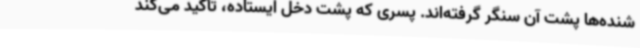
شنده‌ها پشت آن سنگر گرفته‌اند. پسری که پشت دخل ایستاده، تأکید می‌کند